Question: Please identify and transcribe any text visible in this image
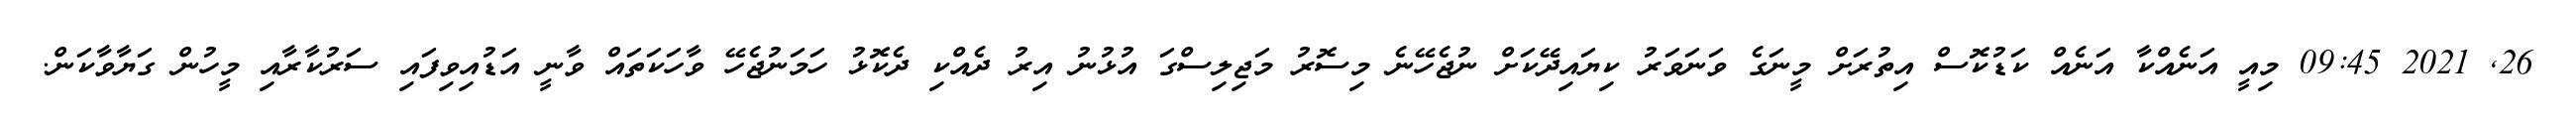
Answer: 26, 2021 09:45 މިއީ އަނެއްކާ އަނެއް ކަޑުކޮސް އިތުރަށް މީނަގެ ވަނަވަރު ކިޔައިދޭކަށް ނުޖެހޭނެ މިސޮރު މަޖިލިސްގަ އުޅުނު އިރު ދެއްކި ދެކޮޅު ހަމަނުޖެހޭ ވާހަކަތައް ވާނީ އަޑުއިވިފައި ސަރުކާރާއި މީހުން ގަޔާވާކަން.